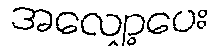
အလျှော့ပေး